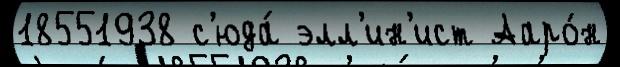
18551938 с'юда́ элл'ин'ист Ааро́н